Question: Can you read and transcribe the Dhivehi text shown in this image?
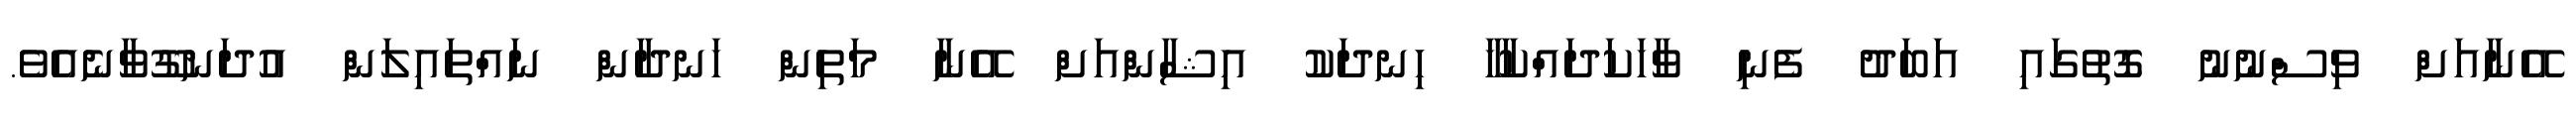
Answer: އޭނާއަށް ވިސްނުނު ގޮތުގައި އަބަދު ފެނި ވާހަކަދައްކާހާ ހިނދަކު އިޝާންއަށް އޭނާ މަތިން ހަނދާން ނައްތައިލަން އުދަނގޫވާނެއެވެ.